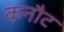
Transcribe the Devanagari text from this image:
कनौट